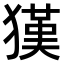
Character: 𤡉